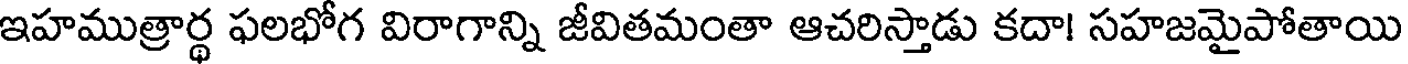
ఇహముత్రార్థ ఫలభోగ విరాగాన్ని జీవితమంతా ఆచరిస్తాడు కదా! సహజమైపోతాయి